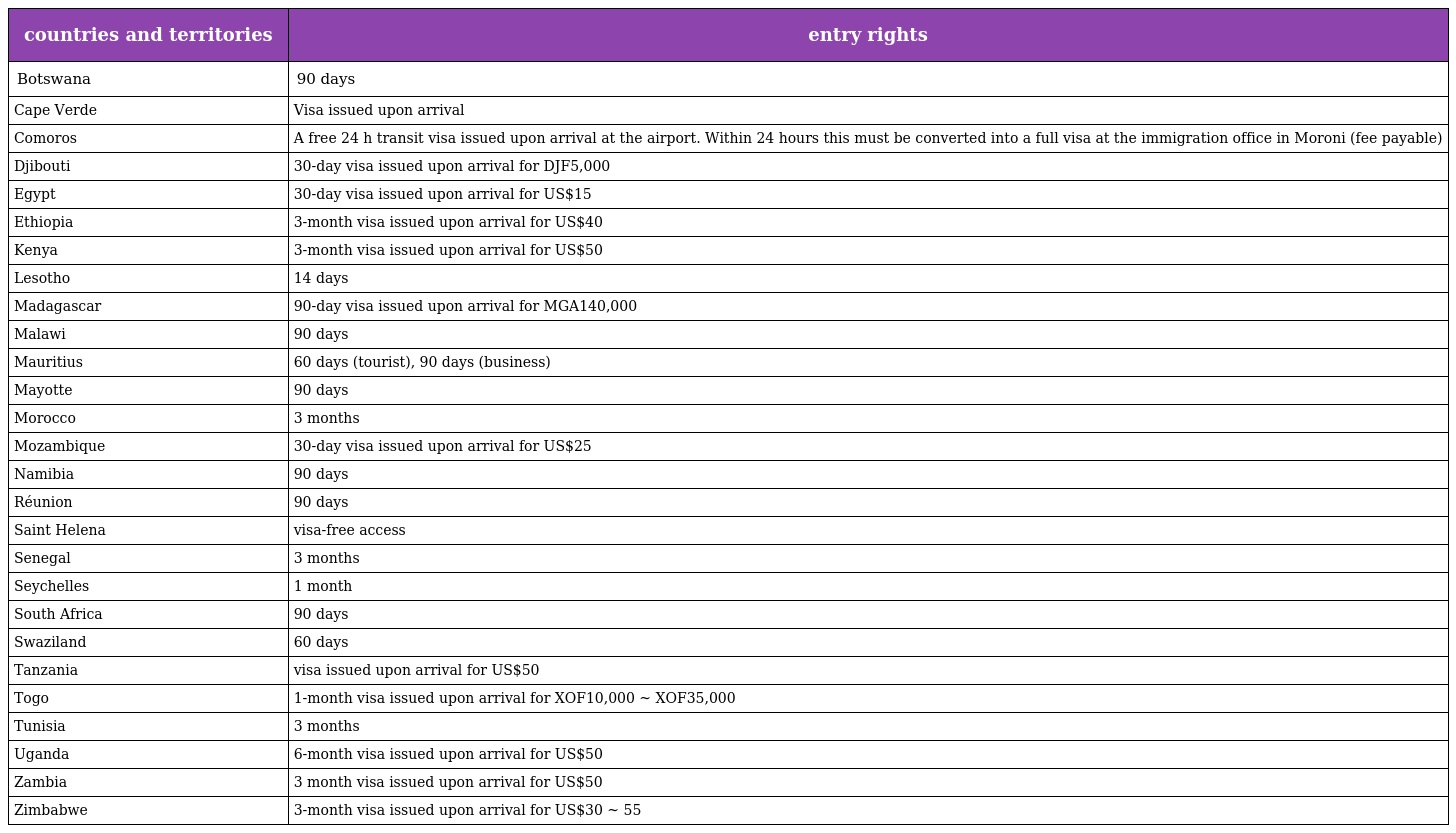
| countries and territories | entry rights |
 | --- | --- |
 | Botswana | 90 days |
 | Cape Verde | Visa issued upon arrival |
 | Comoros | A free 24 h transit visa issued upon arrival at the airport. Within 24 hours this must be converted into a full visa at the immigration office in Moroni (fee payable) |
 | Djibouti | 30-day visa issued upon arrival for DJF5,000 |
 | Egypt | 30-day visa issued upon arrival for US$15 |
 | Ethiopia | 3-month visa issued upon arrival for US$40 |
 | Kenya | 3-month visa issued upon arrival for US$50 |
 | Lesotho | 14 days |
 | Madagascar | 90-day visa issued upon arrival for MGA140,000 |
 | Malawi | 90 days |
 | Mauritius | 60 days (tourist), 90 days (business) |
 | Mayotte | 90 days |
 | Morocco | 3 months |
 | Mozambique | 30-day visa issued upon arrival for US$25 |
 | Namibia | 90 days |
 | Réunion | 90 days |
 | Saint Helena | visa-free access |
 | Senegal | 3 months |
 | Seychelles | 1 month |
 | South Africa | 90 days |
 | Swaziland | 60 days |
 | Tanzania | visa issued upon arrival for US$50 |
 | Togo | 1-month visa issued upon arrival for XOF10,000 ~ XOF35,000 |
 | Tunisia | 3 months |
 | Uganda | 6-month visa issued upon arrival for US$50 |
 | Zambia | 3 month visa issued upon arrival for US$50 |
 | Zimbabwe | 3-month visa issued upon arrival for US$30 ~ 55 |